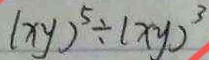
( x y ) ^ { 5 } \div ( x y ) ^ { 3 }